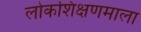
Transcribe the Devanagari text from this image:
लोकशिक्षणमाला